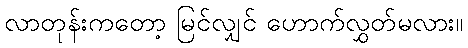
လာတုန်းကတော့ မြင်လျှင် ဟောက်လွှတ်မလား။